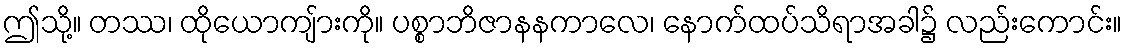
ဤသို့။ တဿ၊ ထိုယောကျ်ားကို။ ပစ္စာဘိဇာနနကာလေ၊ နောက်ထပ်သိရာအခါ၌ လည်းကောင်း။